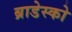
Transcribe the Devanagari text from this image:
ब्राडेस्को